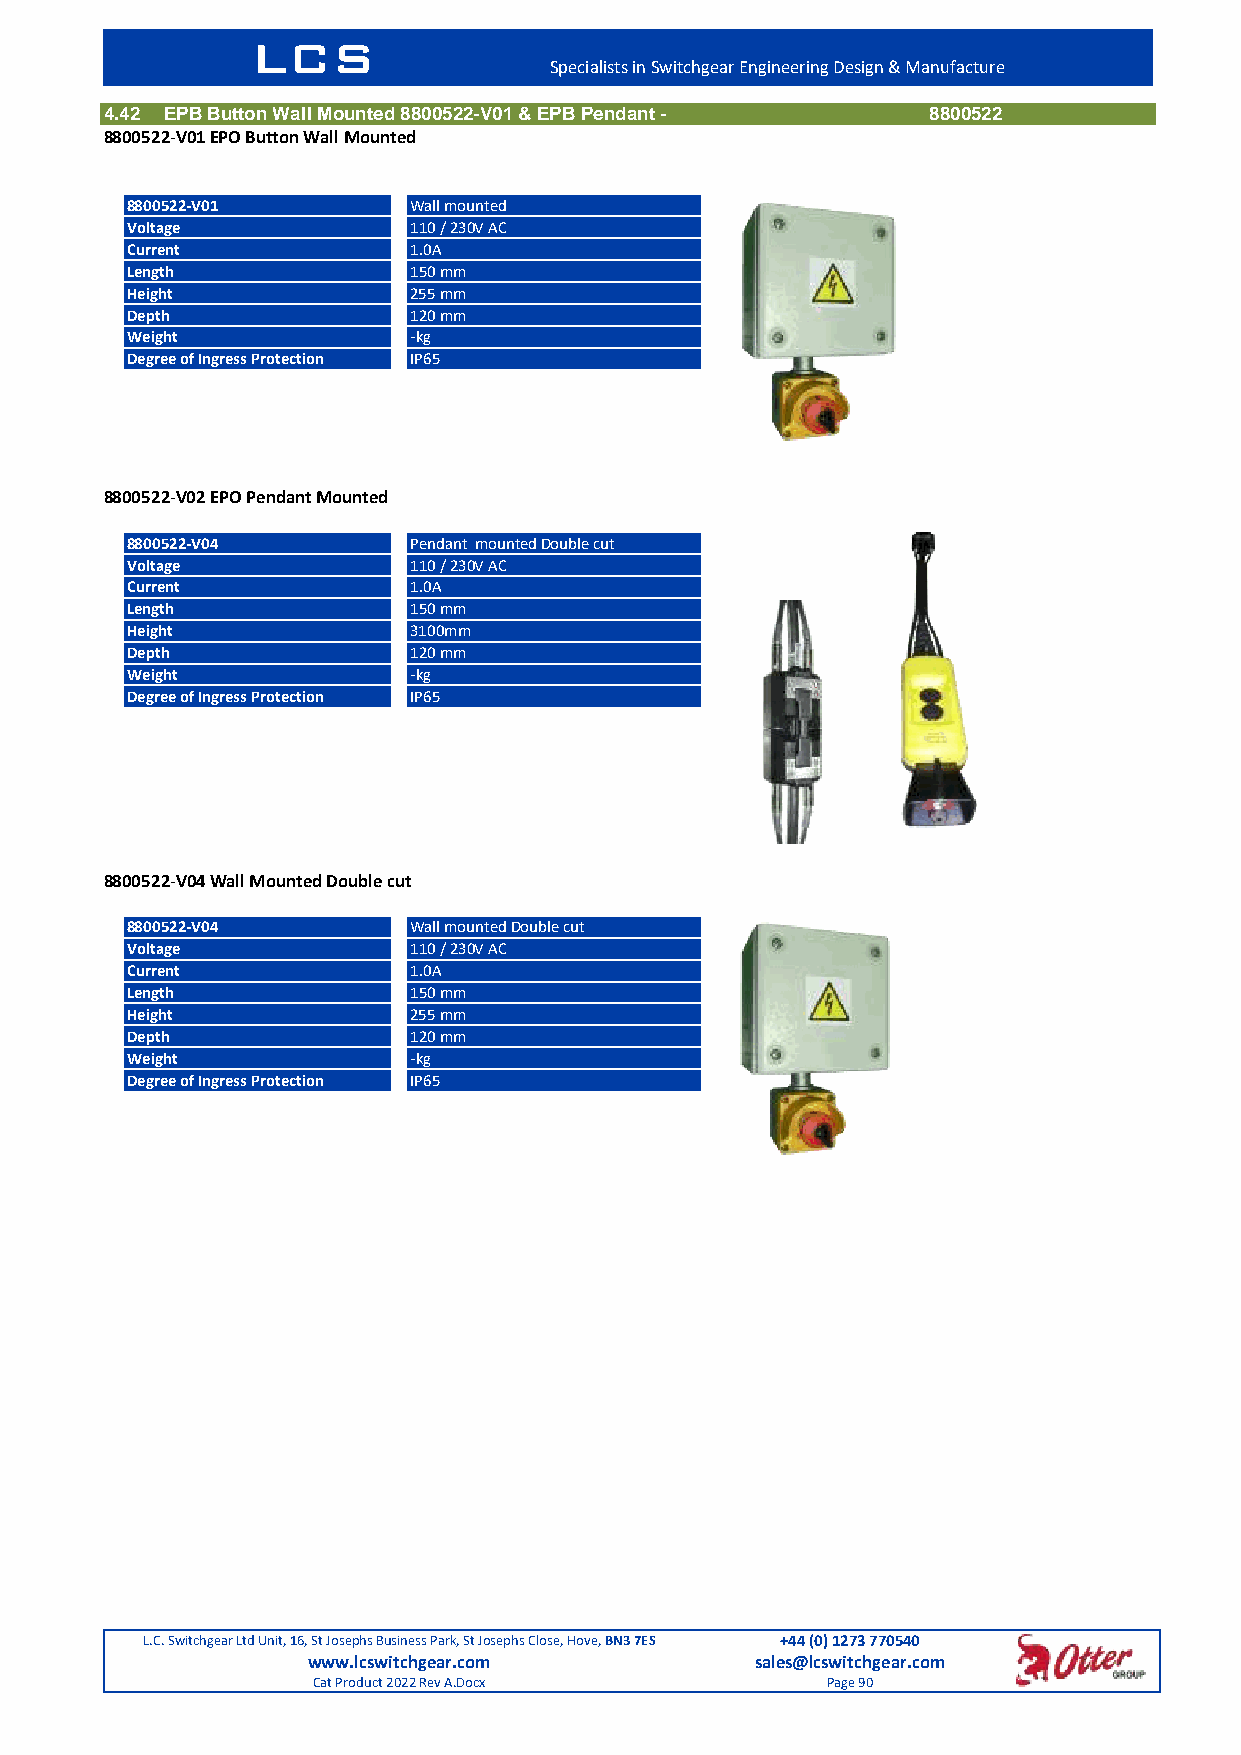
LCS
 Specialists in Switchgear Engineering Design & Manufacture
 4.42 EPB Button Wall Mounted 8800522-V01 & EPB Pendant - 8800522
 8800522-V01 EPO Button Wall Mounted
 8800522-V01        Wall mounted
 Voltage            110 / 230V AC
 Current            1.0A
 Length             150 mm
 Height             255 mm
 Depth              120 mm
 Weight             -kg
 Degree of Ingress Protection IP65
 8800522-V02 EPO Pendant Mounted
 8800522-V04        Pendant mounted Double cut
 Voltage            110 / 230V AC
 Current            1.0A
 Length             150 mm
 Height             3100mm
 Depth              120 mm
 Weight             -kg
 Degree of Ingress Protection IP65
 8800522-V04 Wall Mounted Double cut
 8800522-V04        Wall mounted Double cut
 Voltage            110 / 230V AC
 Current            1.0A
 Length             150 mm
 Height             255 mm
 Depth              120 mm
 Weight             -kg
 Degree of Ingress Protection IP65
 L.C. Switchgear Ltd Unit, 16, St Josephs Business Park, St Josephs Close, Hove, BN3 7ES +44 (0) 1273 770540
 www.lcswitchgear.com          sales@lcswitchgear.com
 Cat Product 2022 Rev A.Docx       Page 90